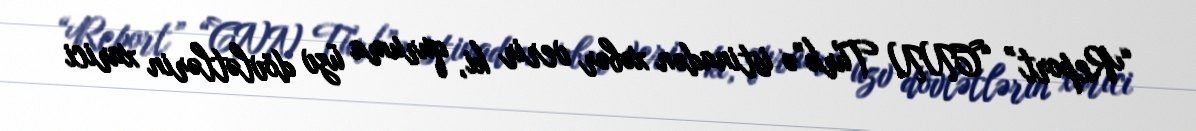
“Report” “CNN Türk”ə istinadən xəbər verir ki, quruma üzv dövlətlərin xarici